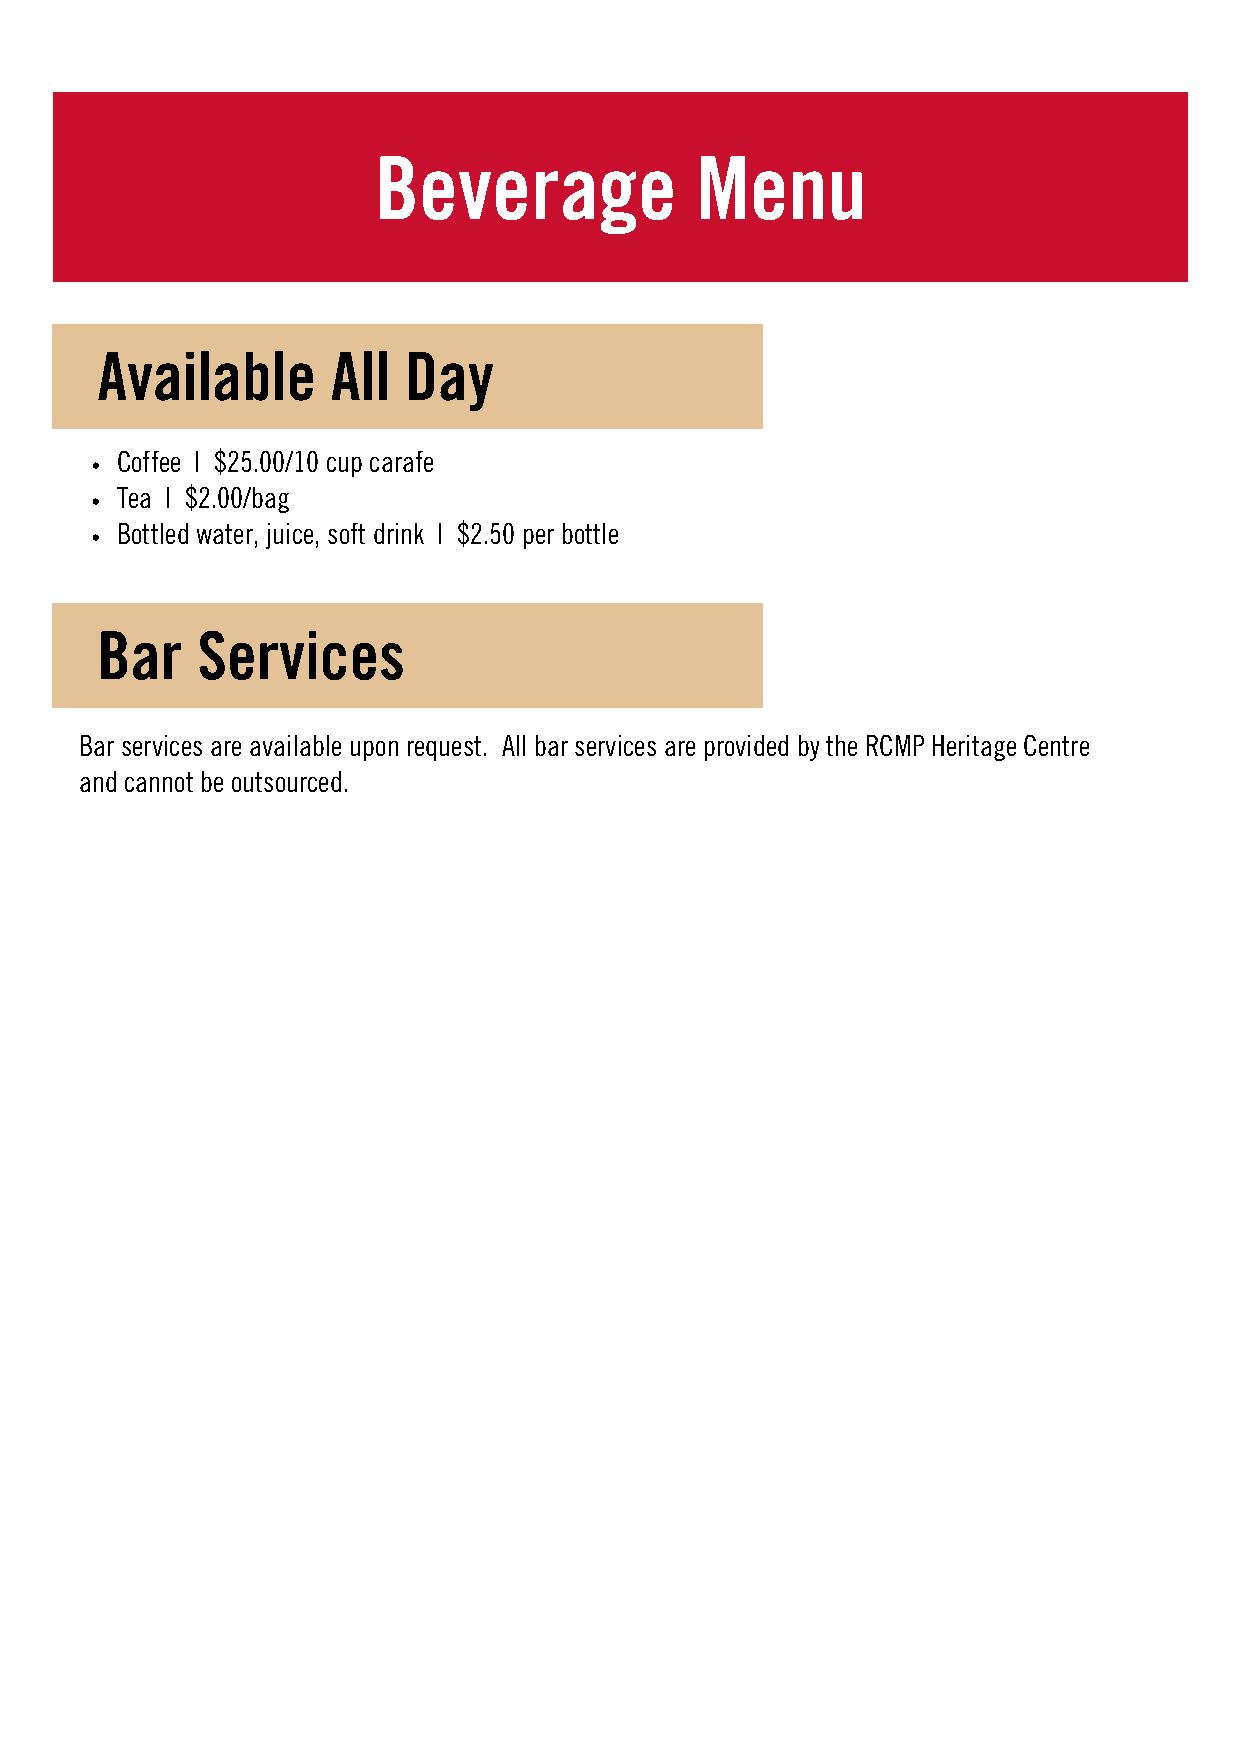
Beverage             Menu
 Available       All  Day
 Coffee | $25.00/10 cup carafe
 Tea | $2.00/bag
 Bottled water, juice, soft drink | $2.50 per bottle
 Bar    Services
 Bar services are available upon request. All bar services are provided by the RCMP Heritage Centre
 and cannot be outsourced.